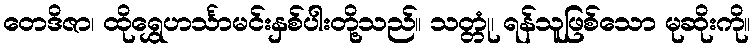
တေဒိဇာ၊ ထိုရွှေဟင်္သာမင်းနှစ်ပါးတို့သည်။ သတ္တုံ၊ ရန်သူဖြစ်သော မုဆိုးကို။